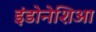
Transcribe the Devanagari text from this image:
इंडोनेशिआ